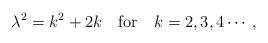
LaTeX: \begin{align*}\lambda^{2}=k^{2}+2k \quad {\rm for}\quad k=2,3,4\cdots,\end{align*}